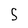
Character: 5